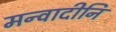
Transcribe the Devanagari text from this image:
मन्वादीनि